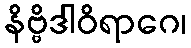
နိဗ္ဗိဒါဝိရာဂေ၊